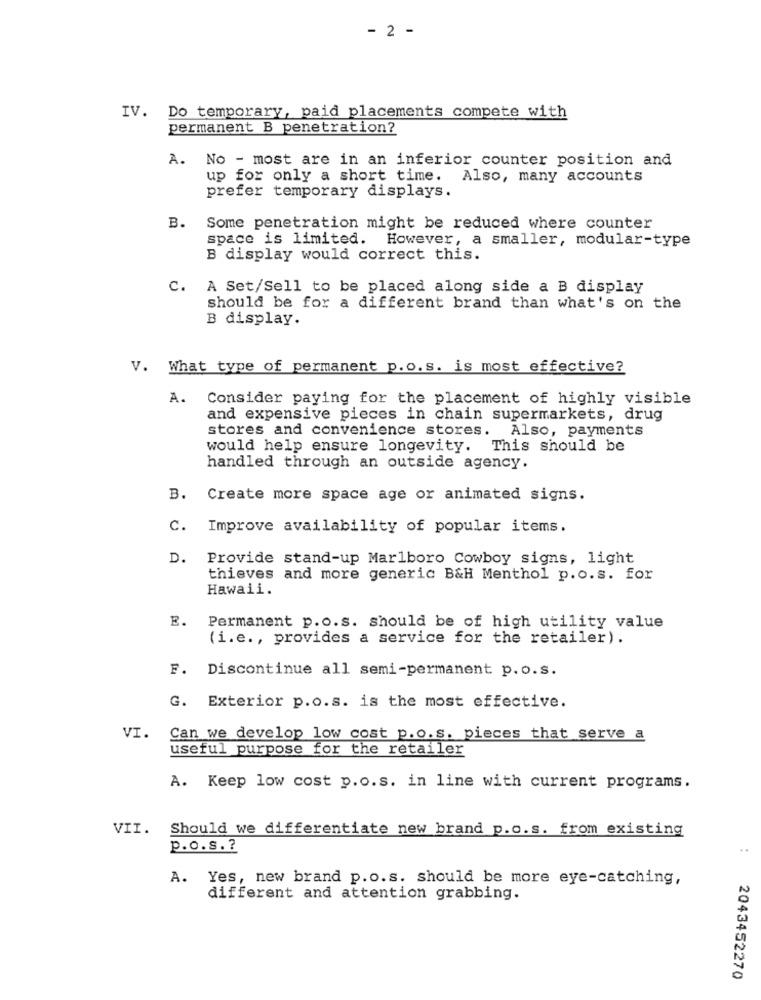
- 2 -
IV. Do temporary, paid placements compete with
permanent B penetration?
A. No - most are in an inferior counter position and
up for only a short time. Also, many accounts
prefer temporary displays.
B. Some penetration might be reduced where counter
space is limited. However, a smaller, modular-type
B display would correct this.
C. A Set/Sell to be placed along side a B display
should be for a different brand than what's on the
B display.
V. What type of permanent p.o. s. is most effective?
A.
Consider paying for the placement of highly visible
and expensive pieces in chain supermarkets, drug
stores and convenience stores. Also, payments
would help ensure longevity. This should be
handled through an outside agency.
B. Create more space age or animated signs.
C. Improve availability of popular items.
D. Provide stand-up Marlboro Cowboy signs, light
thieves and more generic B&H Menthol p.o.s. for
Hawaii.
E.
Permanent p.o.s. should be of high utility value
(i.e ., provides a service for the retailer).
F. Discontinue all semi-permanent p. o.s.
G. Exterior p.o.s. is the most effective.
VI.
Can we develop low cost p.o.s. pieces that serve a
useful purpose for the retailer
A. Keep low cost p.o.s. in line with current programs.
VII. Should we differentiate new brand p.o.s. from existing
p.o.s .?
A.
Yes, new brand p.o.s. should be more eye-catching,
different and attention grabbing.
2043452270